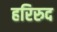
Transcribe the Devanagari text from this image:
हरिरुद